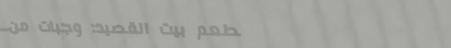
مطعم بيت القصيد: وجبات من